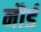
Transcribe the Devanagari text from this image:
नौर्ड